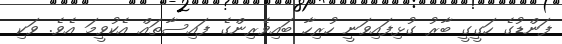
ފަންޑުގެ ހަގީގީ ބާރު ގުޅިފައިވަނީ ހުރިހާ ބައިވެރިންގެ ފައިސާތައް އެކުވީމަ އެވެ. ވަކި